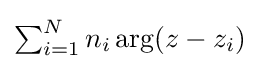
\textstyle \sum _{i=1}^{N}n_{i}\arg(z-z_{i})